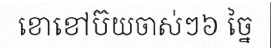
ខោខៅប៊យចាស់ៗ៦ ច្នៃ